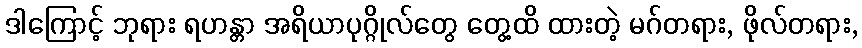
ဒါကြောင့် ဘုရား ရဟန္တာ အရိယာပုဂ္ဂိုလ်တွေ တွေ့ထိ ထားတဲ့ မဂ်တရား, ဖိုလ်တရား,